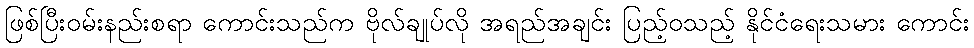
ဖြစ်ပြီးဝမ်းနည်းစရာ ကောင်းသည်က ဗိုလ်ချုပ်လို အရည်အချင်း ပြည့်ဝသည့် နိုင်ငံရေးသမား ကောင်း